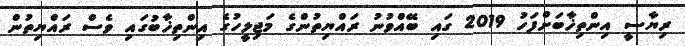
ރިޔާސީ އިންތިޚާބަށްފަހު 2019 ގައި ބޭއްވުނު ރައްޔިތުންގެ މަޖިލީހުގެ އިންތިޚާބުގައި ވެސް ރައްޔިތުން